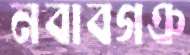
নবাবগঞ